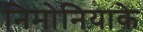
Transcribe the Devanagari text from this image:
निमोनियाके